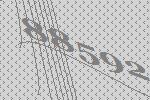
88592